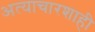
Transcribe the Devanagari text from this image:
अत्याचारशाही